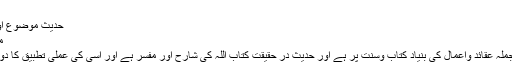
ا)
حدیث موضوع اور اس کے مراجع
محمد اکرم رحمانی
بلاشبہ اسلام کے جملہ عقائد واعمال کی بنیاد کتاب وسنت پر ہے اور حدیث در حقیقت کتاب اللہ کی شارح اور مفسر ہے اور اسی کی عملی تطبیق کا دوسرا نام سنت ہے ۔